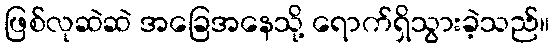
ဖြစ်လုဆဲဆဲ အခြေအနေသို့ ရောက်ရှိသွားခဲ့သည်။